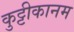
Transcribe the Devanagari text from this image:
कुट्टीकानम